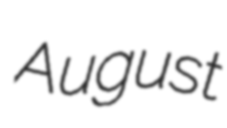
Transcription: August